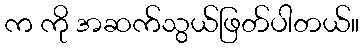
က ကို အဆက်သွယ်ဖြတ်ပါတယ်။